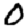
Digit: 0